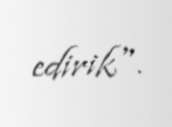
edirik".